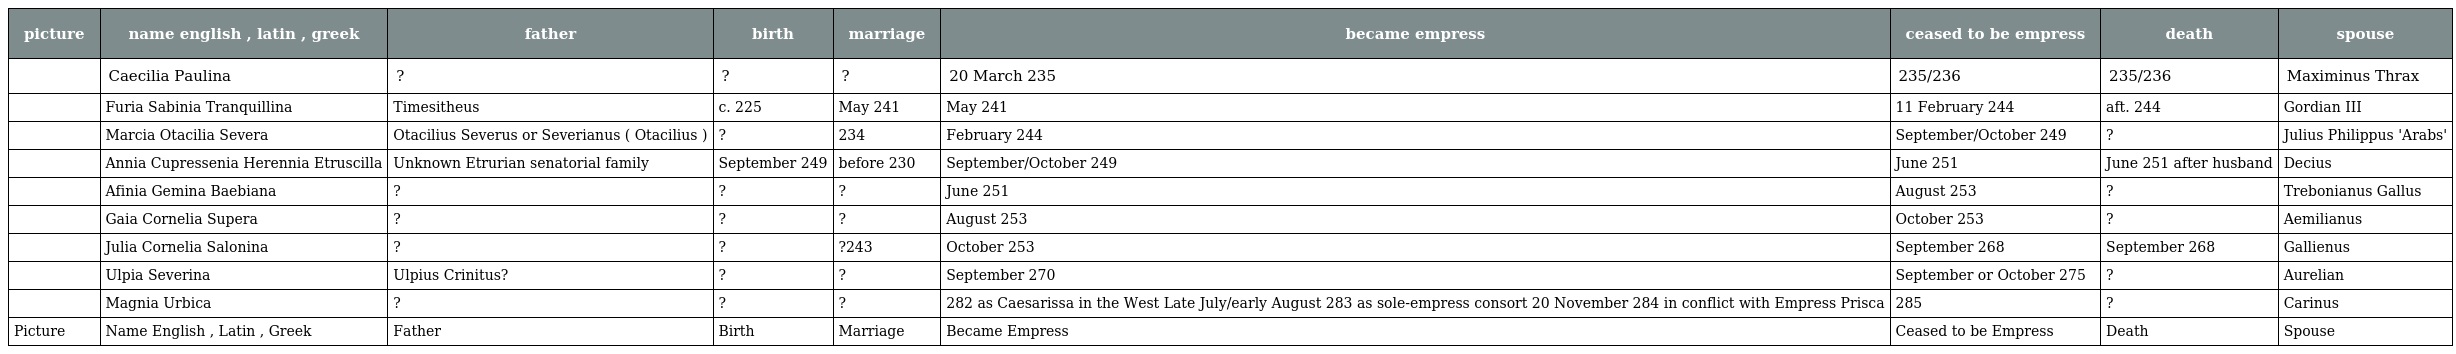
| picture | name english , latin , greek | father | birth | marriage | became empress | ceased to be empress | death | spouse |
 | --- | --- | --- | --- | --- | --- | --- | --- | --- |
 |  | Caecilia Paulina | ? | ? | ? | 20 March 235 | 235/236 | 235/236 | Maximinus Thrax |
 |  | Furia Sabinia Tranquillina | Timesitheus | c. 225 | May 241 | May 241 | 11 February 244 | aft. 244 | Gordian III |
 |  | Marcia Otacilia Severa | Otacilius Severus or Severianus ( Otacilius ) | ? | 234 | February 244 | September/October 249 | ? | Julius Philippus 'Arabs' |
 |  | Annia Cupressenia Herennia Etruscilla | Unknown Etrurian senatorial family | September 249 | before 230 | September/October 249 | June 251 | June 251 after husband | Decius |
 |  | Afinia Gemina Baebiana | ? | ? | ? | June 251 | August 253 | ? | Trebonianus Gallus |
 |  | Gaia Cornelia Supera | ? | ? | ? | August 253 | October 253 | ? | Aemilianus |
 |  | Julia Cornelia Salonina | ? | ? | ?243 | October 253 | September 268 | September 268 | Gallienus |
 |  | Ulpia Severina | Ulpius Crinitus? | ? | ? | September 270 | September or October 275 | ? | Aurelian |
 |  | Magnia Urbica | ? | ? | ? | 282 as Caesarissa in the West Late July/early August 283 as sole-empress consort 20 November 284 in conflict with Empress Prisca | 285 | ? | Carinus |
 | Picture | Name English , Latin , Greek | Father | Birth | Marriage | Became Empress | Ceased to be Empress | Death | Spouse |